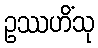
ဥဿဟိံသု